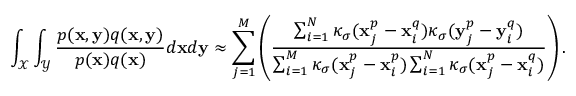
\int _ { \mathcal { X } } \int _ { \mathcal { Y } } \frac { p ( \mathbf { x } , \mathbf { y } ) q ( \mathbf { x } , \mathbf { y } ) } { p ( \mathbf { x } ) q ( \mathbf { x } ) } d \mathbf { x } d \mathbf { y } \approx \sum _ { j = 1 } ^ { M } \left( \frac { \sum _ { i = 1 } ^ { N } \kappa _ { \sigma } ( \mathbf { x } _ { j } ^ { p } - \mathbf { x } _ { i } ^ { q } ) \kappa _ { \sigma } ( \mathbf { y } _ { j } ^ { p } - \mathbf { y } _ { i } ^ { q } ) } { \sum _ { i = 1 } ^ { M } \kappa _ { \sigma } ( \mathbf { x } _ { j } ^ { p } - \mathbf { x } _ { i } ^ { p } ) \sum _ { i = 1 } ^ { N } \kappa _ { \sigma } ( \mathbf { x } _ { j } ^ { p } - \mathbf { x } _ { i } ^ { q } ) } \right) .